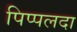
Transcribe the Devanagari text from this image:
पिप्‍पलदा